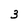
Character: 3